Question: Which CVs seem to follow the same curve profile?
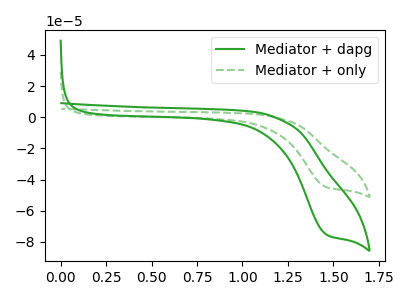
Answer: <think>The green curve "Mediator + dapg" has a cathodic peak at: (1.45V, -75.15uA). The green dashed curve "Mediator + only" has a cathodic peak at: (1.45V, -44.85uA).
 All the peaks in "Mediator + dapg" have a peak in "Mediator + only" at the same potential. Every peak in "Mediator + dapg" is higher than every peak in "Mediator + only".</think>
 <answer>"Mediator + dapg" and "Mediator + only" have the same shape and are likely CV's of the same chemical.</answer>
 <eval>"Mediator + dapg" "Mediator + only"</eval>